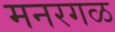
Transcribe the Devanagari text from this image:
मनरगळ